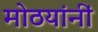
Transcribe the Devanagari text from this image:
मोठयांनीं